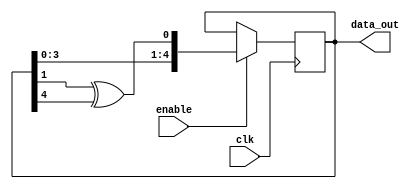
module lfsr(clk, enable, data_out);

parameter N_BIT = 5;
parameter STAGE_1 = 2;
parameter STAGE_2 = 5;

input clk;
input enable;
output [N_BIT:1] data_out;

reg [N_BIT:1] sreg = 1;

always @ (posedge clk)
    if (enable == 1'b1)
        sreg <= {sreg[N_BIT-1:1], sreg[STAGE_1] ^ sreg[STAGE_2]};

assign data_out = sreg;

endmodule